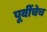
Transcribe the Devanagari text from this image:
पूर्वीचेच